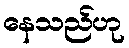
နေသည်ဟု